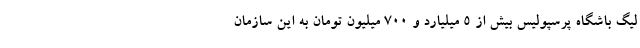
لیگ باشگاه پرسپولیس بیش از 5 میلیارد و 700 میلیون تومان به این سازمان